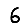
Digit: 6